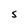
Character: S